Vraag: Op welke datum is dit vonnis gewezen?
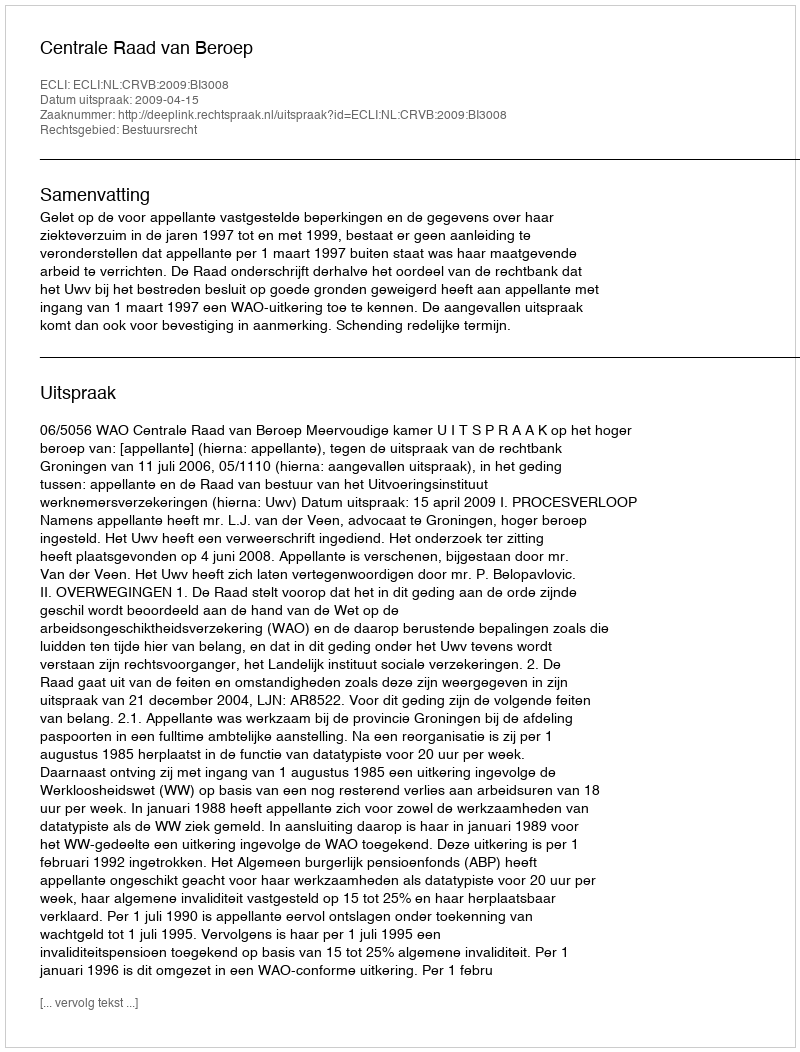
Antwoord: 2009-04-15